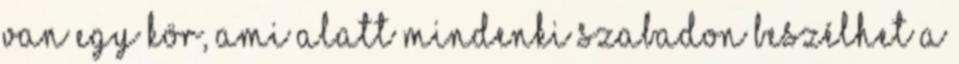
van egy kör, ami alatt mindenki szabadon beszélhet a